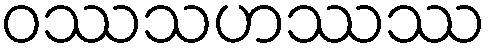
ဝဿသဟဿဿ